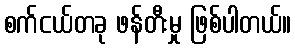
စက်ငယ်တခု ဖန်တီးမှု ဖြစ်ပါတယ်။